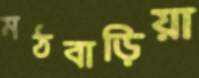
মঠবাড়িয়া